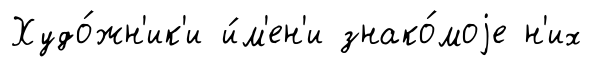
Худо́жн'ик'и и́м'ен'и знако́моjе н'их